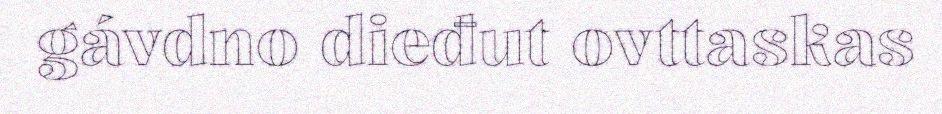
gávdno dieđut ovttaskas